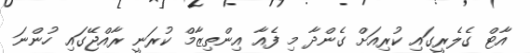
އާޓް ގެލެރީގައި ކުރިއަށް ގެންދާ މި ފެއާ އިންތިޒާމް ކުރަނީ ރާއްޖޭގައި ހުންނަ